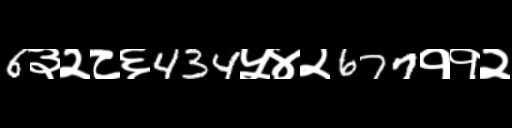
Text: 6३२८६434५४२677११२